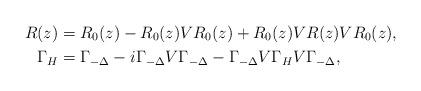
LaTeX: \begin{align*}R(z)&=R_0(z)-R_0(z)VR_0(z)+R_0(z)VR(z)VR_0(z),\\\Gamma_{H}&=\Gamma_{-\Delta}-i\Gamma_{-\Delta}V\Gamma_{-\Delta}-\Gamma_{-\Delta}V\Gamma_{H}V\Gamma_{-\Delta},\end{align*}